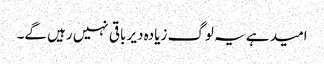
امید ہے یہ لوگ زیادہ دیر باقی نہیں رہیں گے۔